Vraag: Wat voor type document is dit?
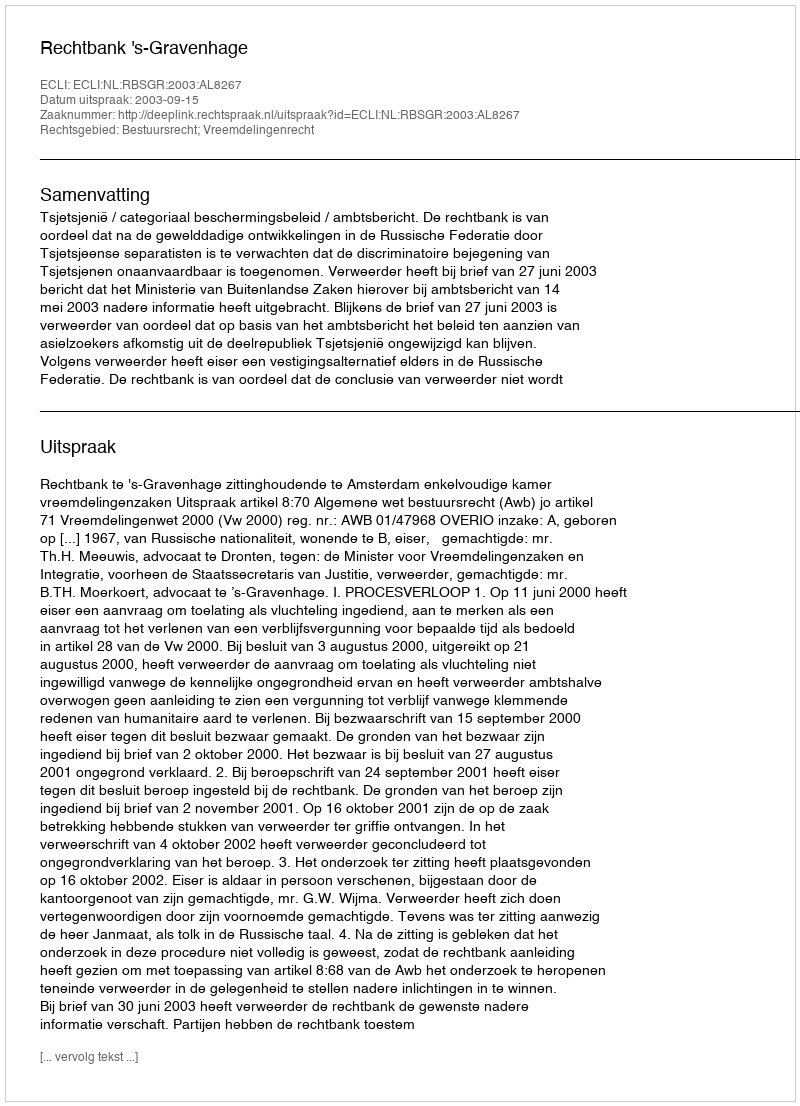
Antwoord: Uitspraak